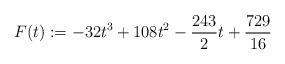
LaTeX: \begin{align*}F(t):=-32t^3+108t^2-\frac{243}{2}t+\frac{729}{16}\end{align*}